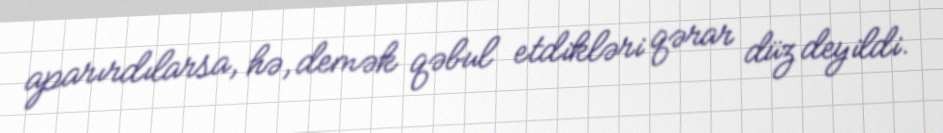
aparırdılarsa, hə, demək qəbul etdikləri qərar düz deyildi.